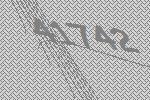
41742